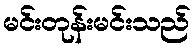
မင်းတုန်းမင်းသည်